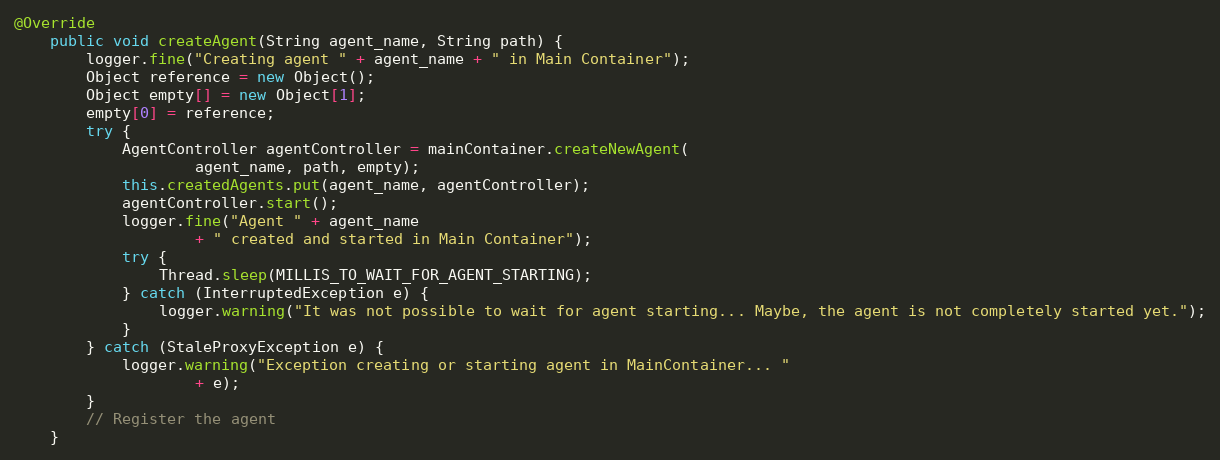
Language: Java
@Override
    public void createAgent(String agent_name, String path) {
        logger.fine("Creating agent " + agent_name + " in Main Container");
        Object reference = new Object();
        Object empty[] = new Object[1];
        empty[0] = reference;
        try {
            AgentController agentController = mainContainer.createNewAgent(
                    agent_name, path, empty);
            this.createdAgents.put(agent_name, agentController);
            agentController.start();
            logger.fine("Agent " + agent_name
                    + " created and started in Main Container");
            try {
                Thread.sleep(MILLIS_TO_WAIT_FOR_AGENT_STARTING);
            } catch (InterruptedException e) {
                logger.warning("It was not possible to wait for agent starting... Maybe, the agent is not completely started yet.");
            }
        } catch (StaleProxyException e) {
            logger.warning("Exception creating or starting agent in MainContainer... "
                    + e);
        }
        // Register the agent
    }